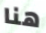
هنا